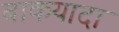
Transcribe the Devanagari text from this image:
बाकयादा